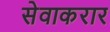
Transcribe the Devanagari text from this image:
सेवाकरार